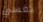
نفسي